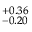
^ { + 0 . 3 6 } _ { - 0 . 2 0 }